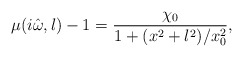
\begin{align*}\mu(i\hat\omega,l)-1=\frac{\chi_0}{1 + (x^2+l^2)/x_0^2},\end{align*}